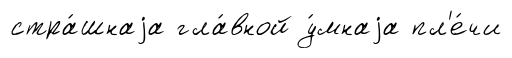
стра́шнаjа гла́вной у́мнаjа пл'е́чи